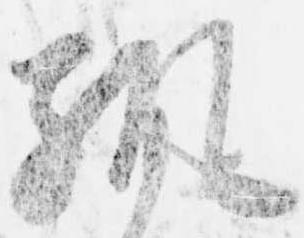
縦